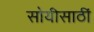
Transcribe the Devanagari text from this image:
सोयीसाठीं